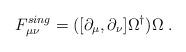
LaTeX: \begin{align*}F_{\mu \nu }^{sing}=([\partial _\mu ,\partial _\nu ]\Omega ^{\dag })\Omega\;.\end{align*}